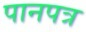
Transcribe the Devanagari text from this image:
पानपत्र